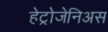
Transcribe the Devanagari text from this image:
हेट्रोजेनिअस